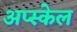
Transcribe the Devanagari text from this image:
अप्स्केल